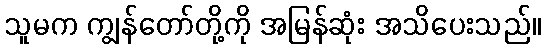
သူမက ကျွန်တော်တို့ကို အမြန်ဆုံး အသိပေးသည်။